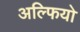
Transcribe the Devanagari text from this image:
अल्फियो